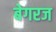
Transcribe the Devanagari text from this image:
बेगरज